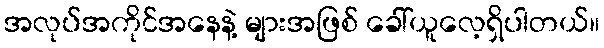
အလုပ်အကိုင်အနေနဲ့ များအဖြစ် ခေါ်ယူလေ့ရှိပါတယ်။